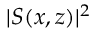
\vert S ( x , z ) \vert ^ { 2 }